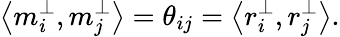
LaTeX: \left<{m_{i}^{\perp},m_{j}^{\perp}}\right>=\theta_{ij}=\left<{r_{i}^{\perp},r_{j}^{\perp}}\right>.